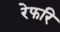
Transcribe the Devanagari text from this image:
रेफरि